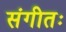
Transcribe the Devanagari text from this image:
संगीतः